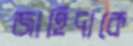
জাহিদাকে